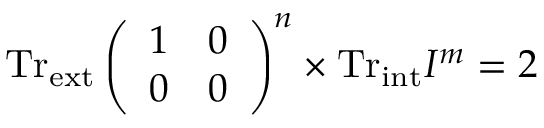
\mathrm { T r } _ { \mathrm { e x t } } \left( \begin{array} { c c } { { 1 } } & { { 0 } } \\ { { 0 } } & { { 0 } } \end{array} \right) ^ { n } \times \mathrm { T r } _ { \mathrm { i n t } } I ^ { m } = 2